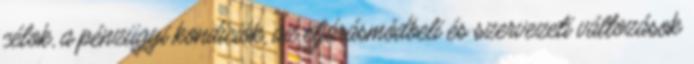
célok, a pénzügyi kondíciók, az eljárásmódbeli és szervezeti változások